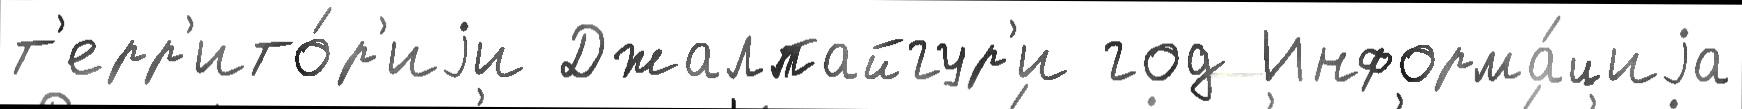
т'ерр'ито́р'иjи Джалпайгур'и год Информа́циjа